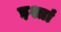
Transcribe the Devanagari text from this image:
इश्तां